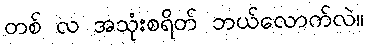
တစ် လ အသုံးစရိတ် ဘယ်လောက်လဲ။